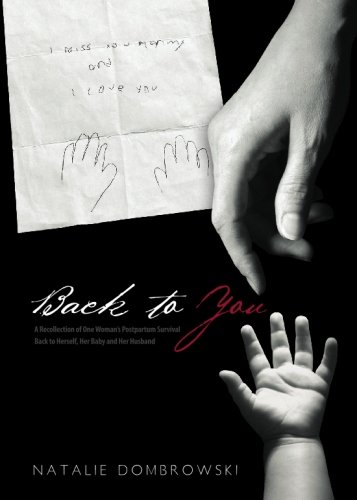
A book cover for Back to You: A Recollection of One Woman's Postpartum Survival Back to Herself, Her Baby, and Her Husband; Natalie Dombrowski; Health, Fitness & Dieting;